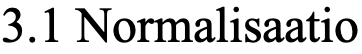
3.1 Normalisaatio